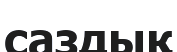
саздық